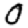
Digit: 0